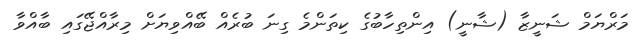
މަރްޔަމް ޝަނީޒާ (ޝާނީ) އިންތިހާބުގެ ކިތަންމެ ގިނަ ބުރެއް ބޭއްވިޔަށް މިރާއްޖޭގައި ބާއްވާ